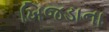
ખિજડાના